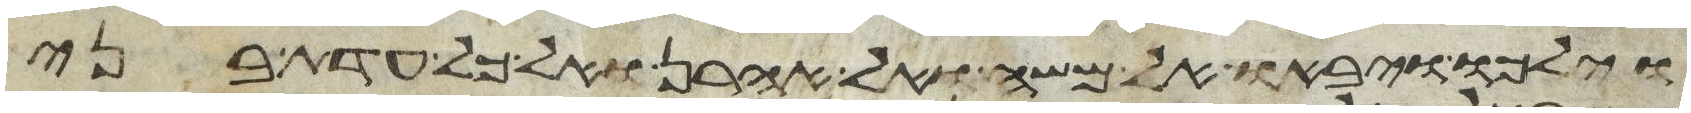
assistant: וילכו ויבאו אל משה ואל אהרן ואל כל עדת בני